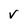
Character: V